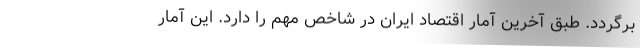
برگردد. طبق آخرین آمار اقتصاد ایران در شاخص مهم را دارد. این آمار